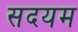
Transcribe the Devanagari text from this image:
सदयम